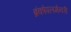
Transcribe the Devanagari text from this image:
ब्रंकोपलमेनरी